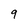
Character: 9